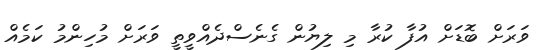
ވަރަށް ބޮޑަށް އުފާ ކުރާ މި ލިޔުން ގެނެސްދެއްވީތީ ވަރަށް މުހިންމު ކަމެއް